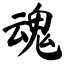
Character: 魂